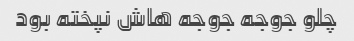
چلو جوجه جوجه هاش نپخته بود